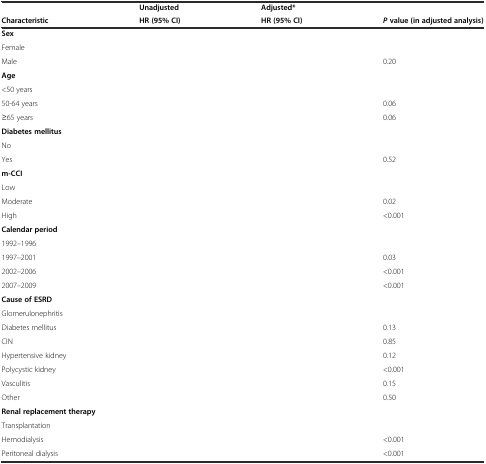
<table><thead><tr><td>[EMPTY_CELL]</td><td><b>Unadjusted</b></td><td><b>Adjusted*</b></td><td>[EMPTY_CELL]</td></tr><tr><td><b>Characteristic</b></td><td><b>HR (95% CI)</b></td><td><b>HR (95% CI)</b></td><td><b><i>P</i>value (in adjusted analysis)</b></td></tr></thead><tbody><tr><td colspan="4"><b>Sex</b></td></tr><tr><td>Female</td><td>[EMPTY_CELL]</td><td>[EMPTY_CELL]</td><td>[EMPTY_CELL]</td></tr><tr><td>Male</td><td>[EMPTY_CELL]</td><td>[EMPTY_CELL]</td><td>0.20</td></tr><tr><td colspan="4"><b>Age</b></td></tr><tr><td>&lt;50 years</td><td>[EMPTY_CELL]</td><td>[EMPTY_CELL]</td><td>[EMPTY_CELL]</td></tr><tr><td>50-64 years</td><td>[EMPTY_CELL]</td><td>[EMPTY_CELL]</td><td>0.06</td></tr><tr><td>≥65 years</td><td>[EMPTY_CELL]</td><td>[EMPTY_CELL]</td><td>0.06</td></tr><tr><td colspan="4"><b>Diabetes mellitus</b></td></tr><tr><td>No</td><td>[EMPTY_CELL]</td><td>[EMPTY_CELL]</td><td>[EMPTY_CELL]</td></tr><tr><td>Yes</td><td>[EMPTY_CELL]</td><td>[EMPTY_CELL]</td><td>0.52</td></tr><tr><td colspan="4"><b>m-CCI</b></td></tr><tr><td>Low</td><td>[EMPTY_CELL]</td><td>[EMPTY_CELL]</td><td>[EMPTY_CELL]</td></tr><tr><td>Moderate</td><td>[EMPTY_CELL]</td><td>[EMPTY_CELL]</td><td>0.02</td></tr><tr><td>High</td><td>[EMPTY_CELL]</td><td>[EMPTY_CELL]</td><td>&lt;0.001</td></tr><tr><td colspan="4"><b>Calendar period</b></td></tr><tr><td>1992–1996</td><td>[EMPTY_CELL]</td><td>[EMPTY_CELL]</td><td>[EMPTY_CELL]</td></tr><tr><td>1997–2001</td><td>[EMPTY_CELL]</td><td>[EMPTY_CELL]</td><td>0.03</td></tr><tr><td>2002–2006</td><td>[EMPTY_CELL]</td><td>[EMPTY_CELL]</td><td>&lt;0.001</td></tr><tr><td>2007–2009</td><td>[EMPTY_CELL]</td><td>[EMPTY_CELL]</td><td>&lt;0.001</td></tr><tr><td colspan="4"><b>Cause of ESRD</b></td></tr><tr><td>Glomerulonephritis</td><td>[EMPTY_CELL]</td><td>[EMPTY_CELL]</td><td>[EMPTY_CELL]</td></tr><tr><td>Diabetes mellitus</td><td>[EMPTY_CELL]</td><td>[EMPTY_CELL]</td><td>0.13</td></tr><tr><td>CIN</td><td>[EMPTY_CELL]</td><td>[EMPTY_CELL]</td><td>0.85</td></tr><tr><td>Hypertensive kidney</td><td>[EMPTY_CELL]</td><td>[EMPTY_CELL]</td><td>0.12</td></tr><tr><td>Polycystic kidney</td><td>[EMPTY_CELL]</td><td>[EMPTY_CELL]</td><td>&lt;0.001</td></tr><tr><td>Vasculitis</td><td>[EMPTY_CELL]</td><td>[EMPTY_CELL]</td><td>0.15</td></tr><tr><td>Other</td><td>[EMPTY_CELL]</td><td>[EMPTY_CELL]</td><td>0.50</td></tr><tr><td colspan="4"><b>Renal replacement therapy</b></td></tr><tr><td>Transplantation</td><td>[EMPTY_CELL]</td><td>[EMPTY_CELL]</td><td>[EMPTY_CELL]</td></tr><tr><td>Hemodialysis</td><td>[EMPTY_CELL]</td><td>[EMPTY_CELL]</td><td>&lt;0.001</td></tr><tr><td>Peritoneal dialysis</td><td>[EMPTY_CELL]</td><td>[EMPTY_CELL]</td><td>&lt;0.001</td></tr></tbody></table>